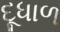
દૂધાળ